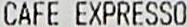
CAFE EXPRESSO